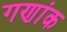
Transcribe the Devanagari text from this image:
गणांक